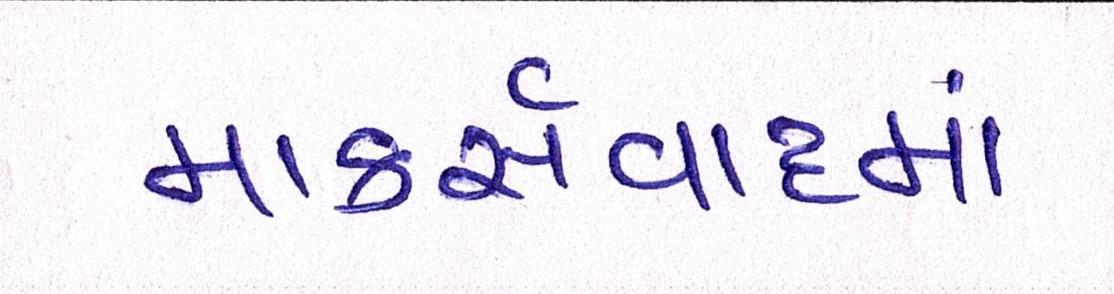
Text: માર્ક્સવાદમાં